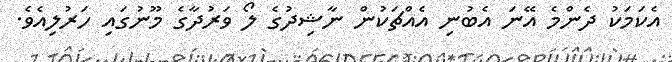
އެކަމަކު ދެންމެ އޭނަ އެބުނި އެއްޗަކުން ނާޝިދުގެ ލޯ ވަރުދާގެ މޫނުގައި ހަރުލިއެވެ.